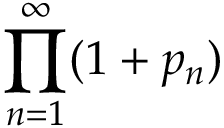
\prod _ { n = 1 } ^ { \infty } ( 1 + p _ { n } )